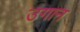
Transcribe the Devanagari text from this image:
उगान